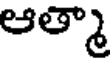
ఆత్మా